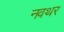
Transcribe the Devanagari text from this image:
नवथर